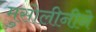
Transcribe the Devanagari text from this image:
मुसोलीनीने